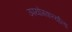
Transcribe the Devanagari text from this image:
उपयोगकर्त्याला